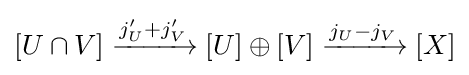
[U\cap V]\xrightarrow {j_{U}'+j_{V}'} [U]\oplus [V]\xrightarrow {j_{U}-j_{V}} [X]